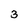
Character: 3